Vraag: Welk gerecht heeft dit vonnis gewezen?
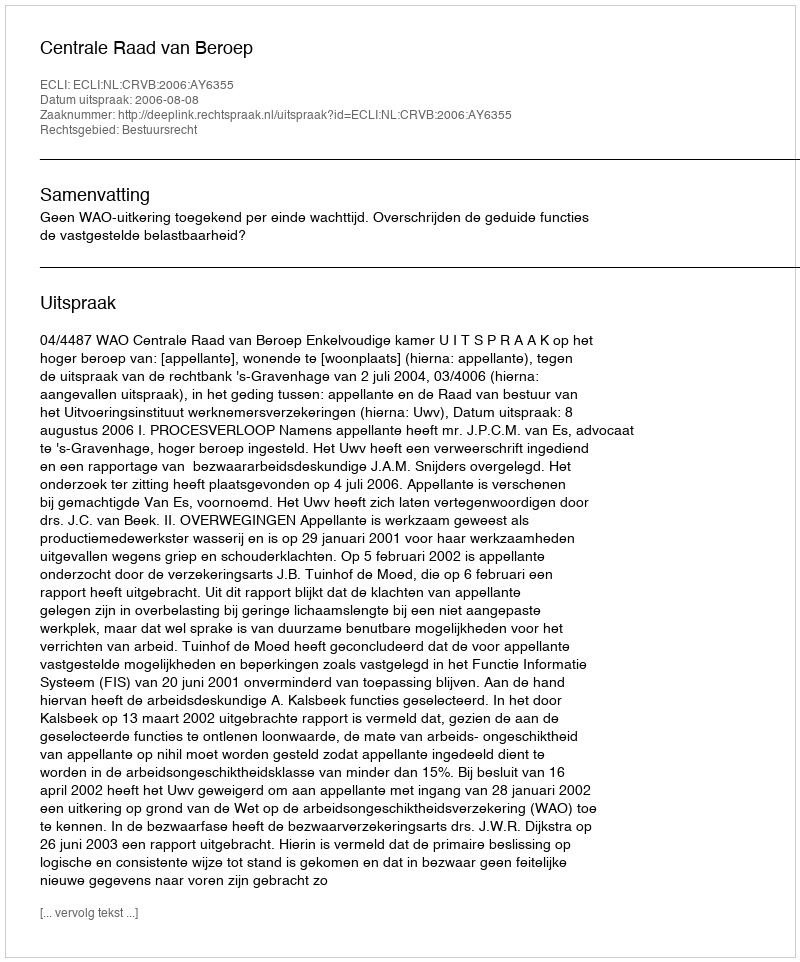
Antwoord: Centrale Raad van Beroep